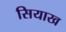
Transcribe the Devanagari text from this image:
सियाख